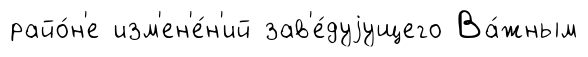
райо́н'е изм'ен'е́н'ий зав'е́дуjущего Ва́жным